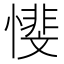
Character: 𱟋